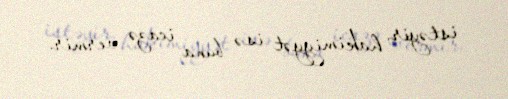
istəyir, hakimiyyət isə buna icazə vermir.